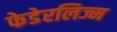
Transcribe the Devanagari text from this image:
फेडेरलिज्म